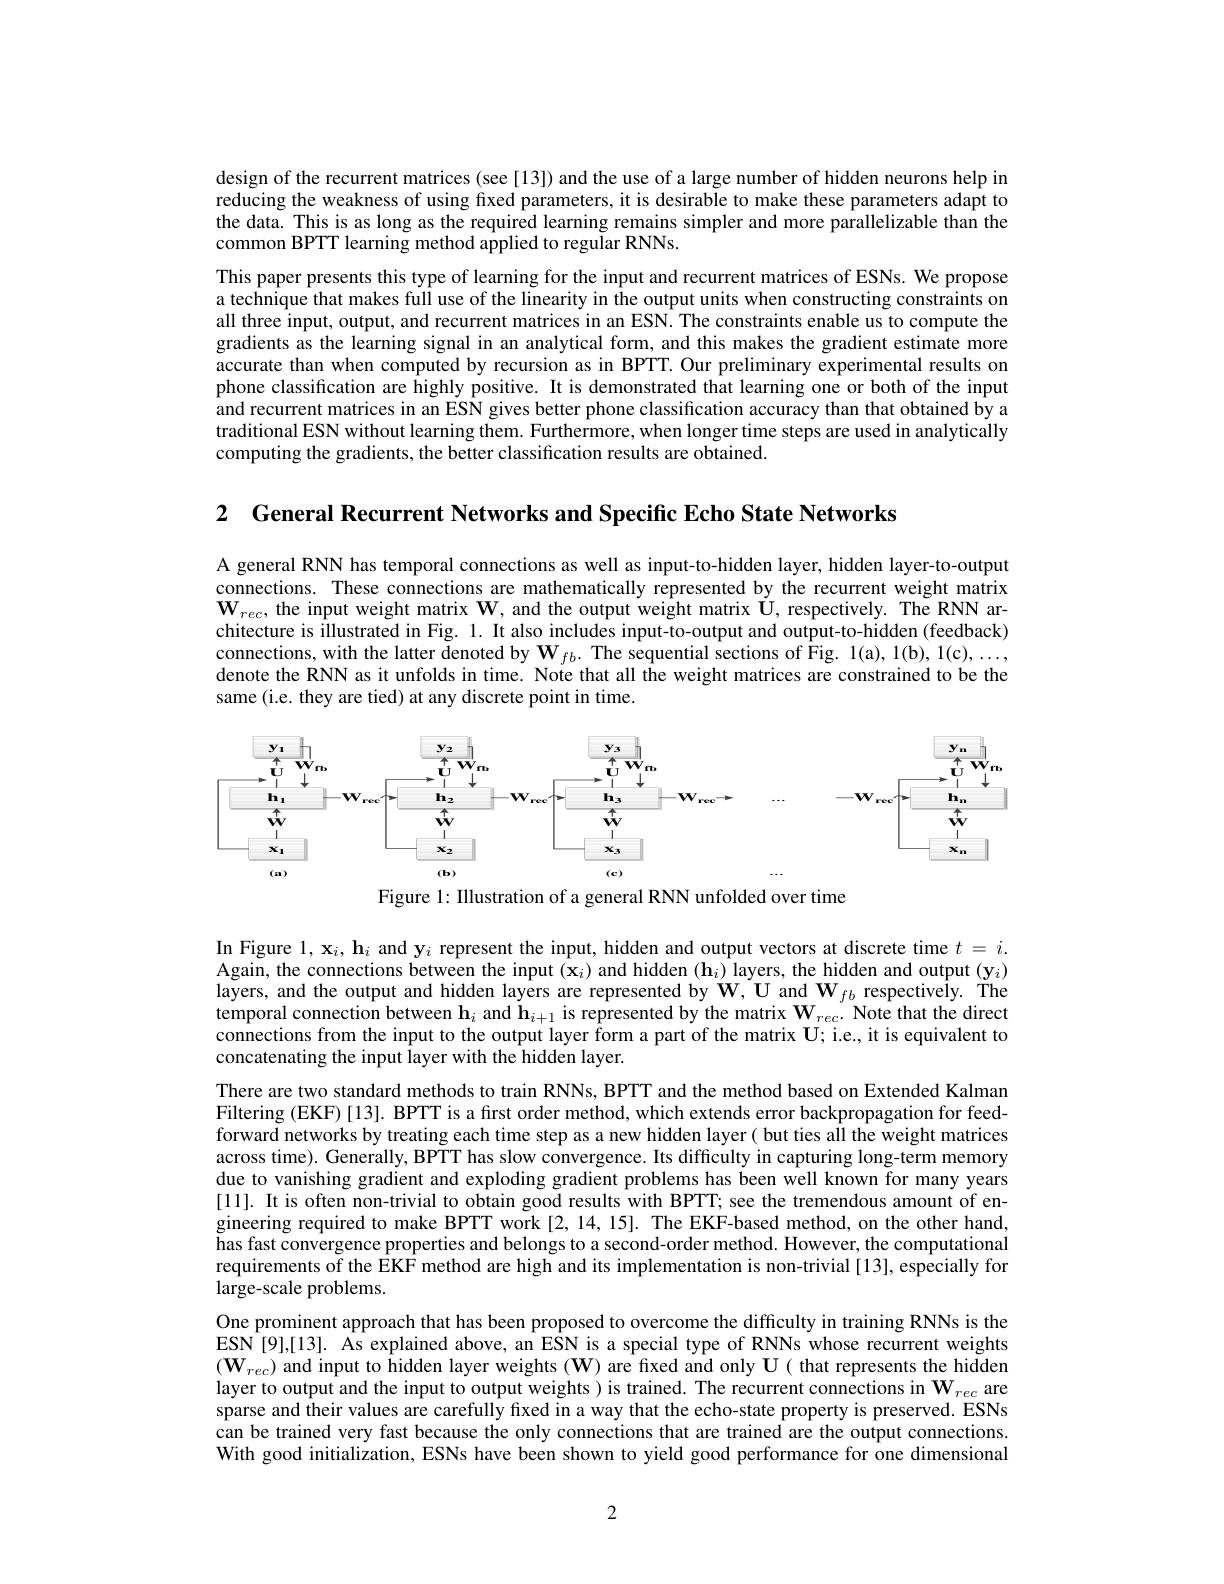
design of the recurrent matrices (see [13]) and the use of a large number of hidden neurons help in reducing the weakness of using fixed parameters, it is desirable to make these parameters adapt to the data. This is as long as the required learning remains simpler and more parallelizable than the common BPTT learning method applied to regular RNNs.
This paper presents this type of learning for the input and recurrent matrices of ESNs. We propose a technique that makes full use of the linearity in the output units when constructing constraints on all three input, output, and recurrent matrices in an ESN. The constraints enable us to compute the gradients as the learning signal in an analytical form, and this makes the gradient estimate more accurate than when computed by recursion as in BPTT. Our preliminary experimental results on phone classification are highly positive. It is demonstrated that learning one or both of the input and recurrent matrices in an ESN gives better phone classification accuracy than that obtained by a traditional ESN without learning them. Furthermore, when longer time steps are used in analytically computing the gradients, the better classification results are obtained.

2 General Recurrent Networks and Specific Echo State Networks

A general RNN has temporal connections as well as input-to-hidden layer, hidden layer-to-output connections. These connections are mathematically represented by the recurrent weight matrix $\mathbf{W}_{rec}$, the input weight matrix $\mathbf{W}$, and the output weight matrix $\dot{\mathbf{U}}$, respectively. The RNN architecture is illustrated in Fig. 1. It also includes input-to-output and output-to-hidden (feedback) connections, with the latter denoted by $\mathbf{W}_{fb}.$ The sequential sections of Fig. 1(a), 1(b), 1(c), ..., denote the RNN as it unfolds in time. Note that all the weight matrices are constrained to be the same (i.e. they are tied) at any discrete point in time.

<FigureHere>

Figure 1: Illustration of a general RNN unfolded over time

In Figure $1,\mathbf{x}_i,\mathbf{h}_i$ and y$_i$ represent the input, hidden and output vectors at discrete time $t=i.$ Again, the connections between the input $(\mathbf{x}_i)$ and hidden (h$_i)$ layers, the hidden and output (y$_i)$ layers, and the output and hidden layers are represented by $\mathbf{W},\mathbf{U}$ and $\mathbf{W}_fb$ respectively. The temporal connection between $\mathbf{h}_i$ and $\mathbf{h}_{i+1}$ is represented by the matrix $\mathbf{W}_{rec}.$ Note that the direct connections from the input to the output layer form a part of the matrix U; i.e., it is equivalent to concatenating the input layer with the hidden layer.
There are two standard methods to train RNNs, BPTT and the method based on Extended Kalman Filtering (EKF)[13]. BPTT is a first order method, which extends error backpropagation for feedforward networks by treating each time step as a new hidden layer( but ties all the weight matrices across time). Generally, BPTT has slow convergence. Its difficulty in capturing long-term memory due to vanishing gradient and exploding gradient problems has been well known for many years [11]. It is often non-trivial to obtain good results with BPTT; see the tremendous amount of engineering required to make BPTT work [2,14,15]. The EKF-based method, on the other hand, has fast convergence properties and belongs to a second-order method. However, the computational requirements of the EKF method are high and its implementation is non-trivial [13], especially for large-scale problems.
One prominent approach that has been proposed to overcome the difficulty in training RNNs is the ESN [9],[13]. As explained above, an ESN is a special type of RNNs whose recurrent weights $(\mathbf{W}_{rec})$ and input to hidden layer weights (W) are fixed and only $\mathbf{U}($ that represents the hidden layer to output and the input to output weights ) is trained. The recurrent connections in $\mathbf{W}_{rec}$ are sparse and their values are carefully fixed in a way that the echo-state property is preserved. ESNs can be trained very fast because the only connections that are trained are the output connections With good initialization, ESNs have been shown to yield good performance for one dimensional

2